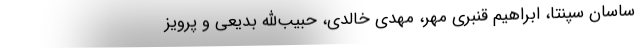
ساسان سپنتا، ابراهیم قنبری مهر، مهدی خالدی، حبیب‌الله بدیعی و پرویز